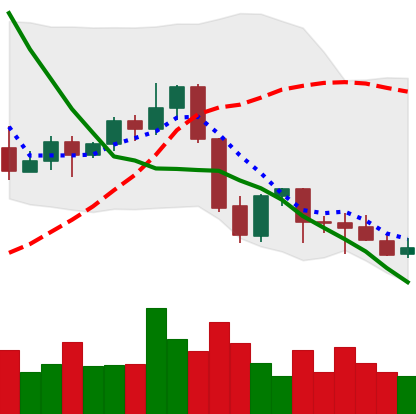
Ticker: EOS-USD
Chart end date: 2021-09-29
Forward return: 22.512%
Label: up_7plus